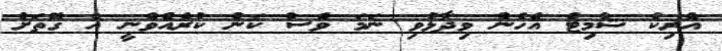
އެރިކް ޝްމިޓް އެހެން ވިދާޅުވި ނަމަ ވެސް ކަން ކުރެއްވެނީ އެ ގޮތަށް